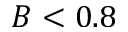
B < 0 . 8